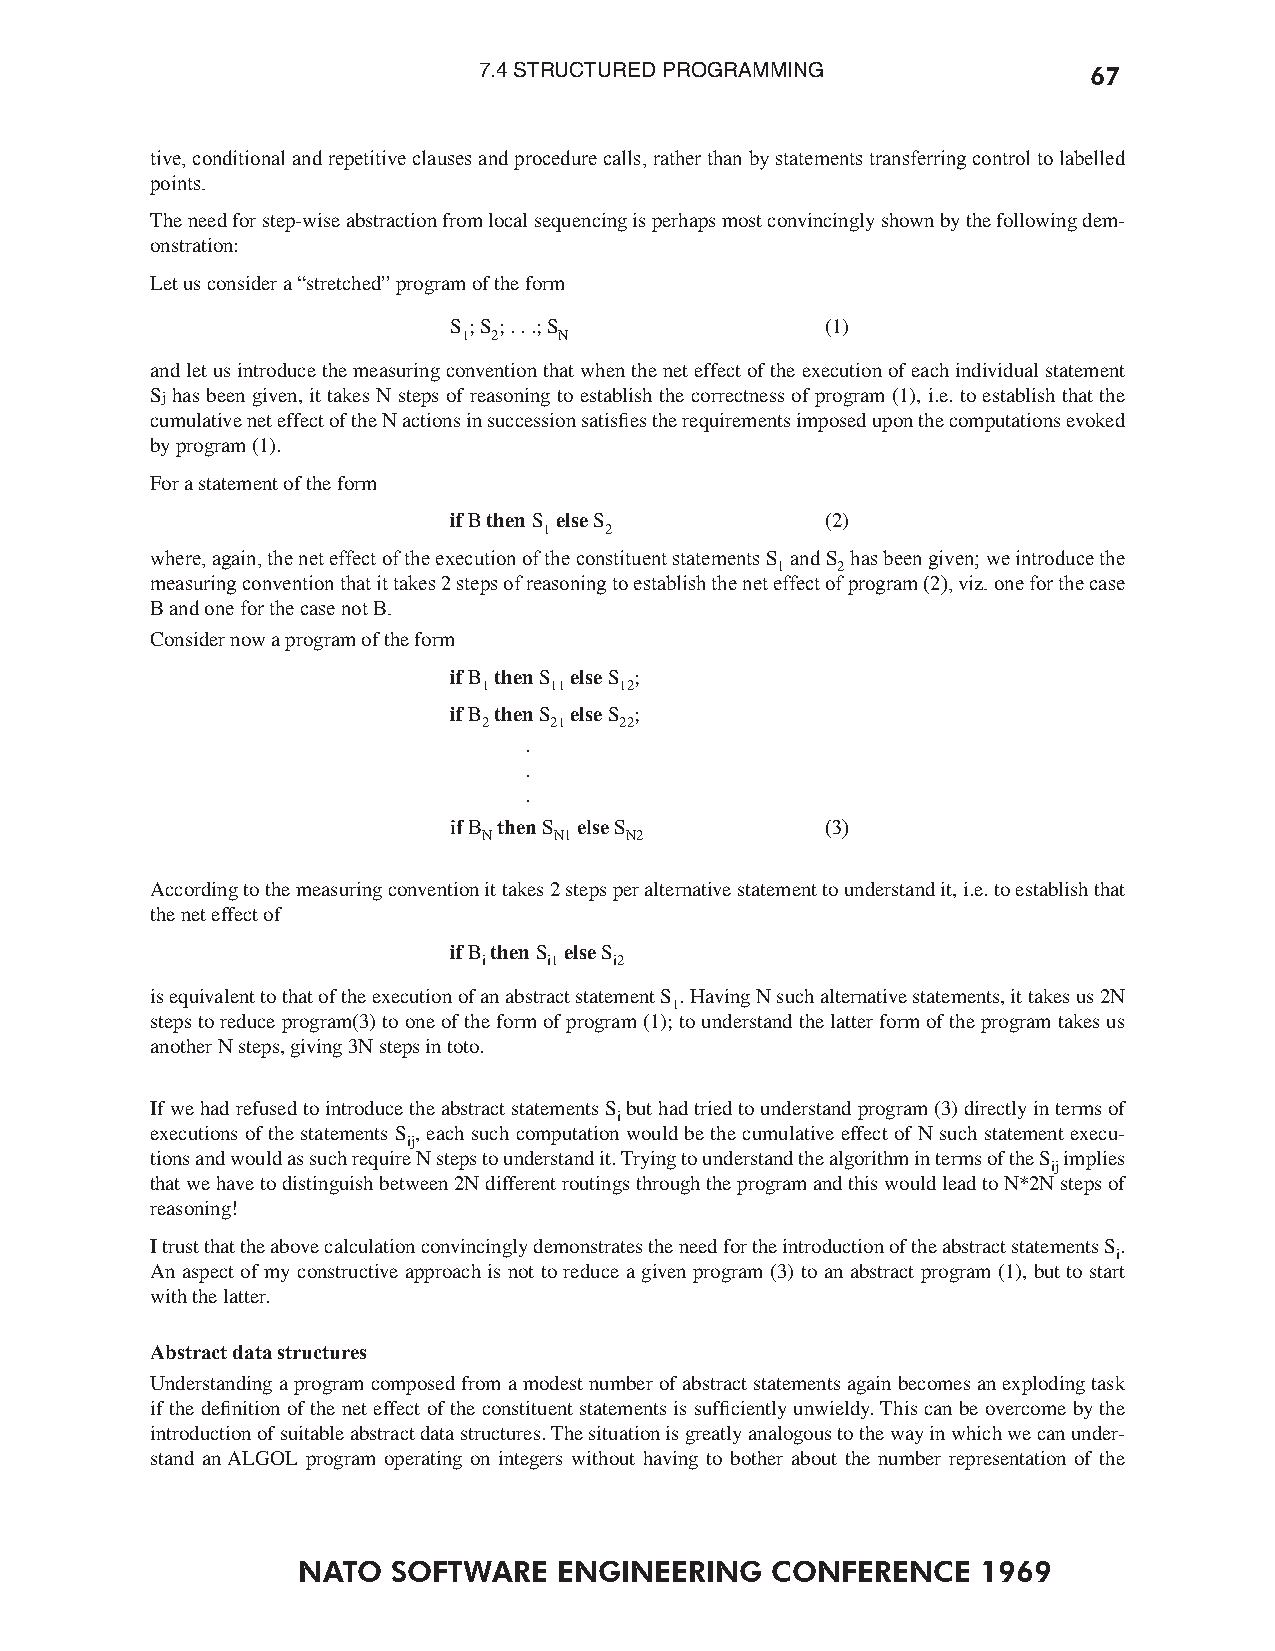
7.4 STRUCTURED PROGRAMMING              67
 tive, conditional and repetitive clauses and procedure calls, rather than by statements transferring control to labelled
 points.
 The need for step-wise abstraction from local sequencing is perhaps most convincingly shown by the following dem-
 onstration:
 Let us consider a “stretched” program of the form
 S ; S ; . . .; S         (1)
 1 2   N
 and let us introduce the measuring convention that when the net effect of the execution of each individual statement
 Sj has been given, it takes N steps of reasoning to establish the correctness of program (1), i.e. to establish that the
 cumulative net effect of the N actions in succession satisfies the requirements imposed upon the computations evoked
 by program (1).
 For a statement of the form
 if B then S else S       (2)
 1   2
 where, again, the net effect of the execution of the constituent statements S and S has been given; we introduce the
 1   2
 measuring convention that it takes 2 steps of reasoning to establish the net effect of program (2), viz. one for the case
 B and one for the case not B.
 Consider now a program of the form
 if B then S else S ;
 1   11   12
 if B then S else S ;
 2   21   22
 .
 .
 .
 if B then S else S       (3)
 N    N1  N2
 According to the measuring convention it takes 2 steps per alternative statement to understand it, i.e. to establish that
 the net effect of
 if B then S else S
 i   i1   i2
 is equivalent to that of the execution of an abstract statement S . Having N such alternative statements, it takes us 2N
 1
 steps to reduce program(3) to one of the form of program (1); to understand the latter form of the program takes us
 another N steps, giving 3N steps in toto.
 If we had refused to introduce the abstract statements S but had tried to understand program (3) directly in terms of
 i
 executions of the statements S , each such computation would be the cumulative effect of N such statement execu-
 ij
 tions and would as such require N steps to understand it. Trying to understand the algorithm in terms of the S implies
 ij
 that we have to distinguish between 2N different routings through the program and this would lead to N*2N steps of
 reasoning!
 I trust that the above calculation convincingly demonstrates the need for the introduction of the abstract statements S.
 i
 An aspect of my constructive approach is not to reduce a given program (3) to an abstract program (1), but to start
 with the latter.
 Abstract data structures
 Understanding a program composed from a modest number of abstract statements again becomes an exploding task
 if the definition of the net effect of the constituent statements is sufficiently unwieldy. This can be overcome by the
 introduction of suitable abstract data structures. The situation is greatly analogous to the way in which we can under-
 stand an ALGOL program operating on integers without having to bother about the number representation of the
 NATO  SOFTWARE   ENGINEERING   CONFERENCE    1969